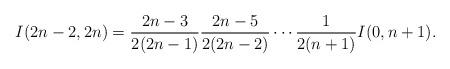
LaTeX: \begin{align*}I(2n-2,2n)=\frac{2n-3}{2(2n-1)}\frac{2n-5}{2(2n-2)}\cdots\frac{1}{2(n+1)}I(0,n+1).\end{align*}